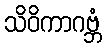
သိဝိကာဂဗ္ဘံ